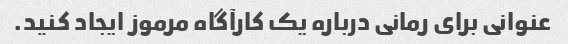
عنوانی برای رمانی درباره یک کارآگاه مرموز ایجاد کنید.